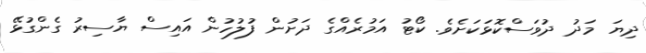
ދިޔަ މަދު ދުވަސްކޮޅަކަށެވެ. ކޯޓު އަމުރެއްގެ ދަށުން ފުލުހުން އައިސް ޔާސިރު ގެންގުޅޭ